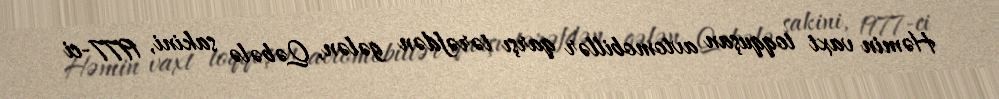
Həmin vaxt toqquşan avtomobillər qarşı tərəfdən gələn, Qəbələ sakini, 1977-ci